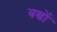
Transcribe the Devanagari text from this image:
बच्चोंं